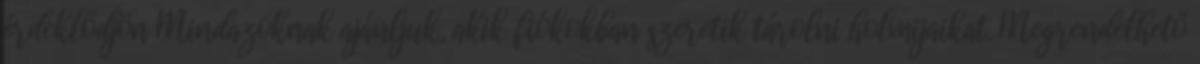
érdeklődjön Mindazoknak ajánljuk, akik fiókokban szeretik tárolni holmijaikat. Megrendelhető